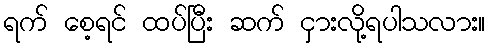
ရက် စေ့ရင် ထပ်ပြီး ဆက် ငှားလို့ရပါသလား။